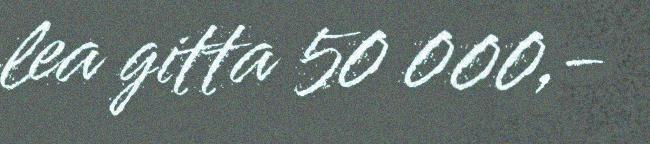
lea gitta 50 000,-